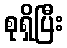
စုရှိပြီး